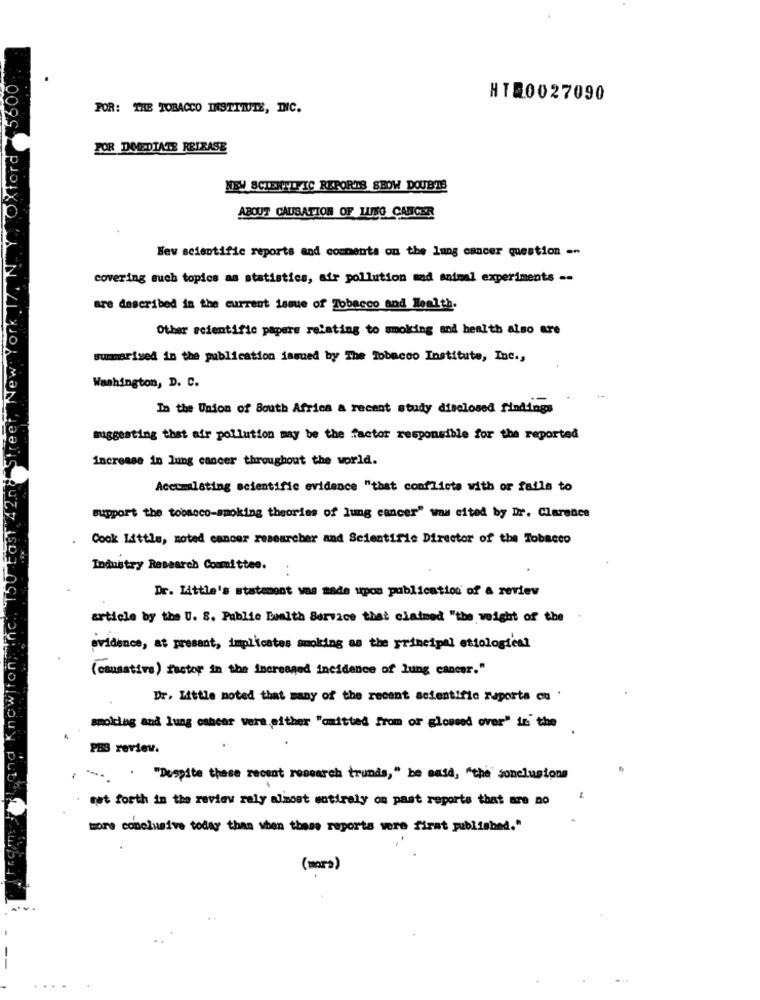
5600
HT20027090
POR: THE TOBACCO INSTITUTE, DIC.
Oxford
FOR IMMEDIATE RELEASE
NEW SCIENTIFIC REPORTS SHOW DOUBTS
ABOUT CAUSATION OF LUNG CANCER
New scientific reports and comments on the lung cancer question =-
covering such topics as statistics, air pollution and animal experiments --
are described in the current issue of Tobacco and Health.
Other scientific papers relating to smoking and health also are
summarized in the publication issued by The Tobacco Institute, Inc .,
Washington, D. C.
In the Union of South Africa a recent study disclosed findings
suggesting that air pollution may be the factor responsible for the reported
increase in lung cancer throughout the world.
Accumulating scientific evidence "that conflicts with or fails to
support the tobacco-smoking theories of lung cancer" was cited by Dr. Clarence
Cook Little, noted cancer researcher and Scientific Director of the Tobacco
Industry Research Committee.
Dr. Little's statement was made upon publication of a review
article by the U. S. Public health Service that claimed "the weight of the
evidence, at present, implicates smoking as the principal etiological
(causative) factor in the increased incidence of lung cancer."
Dr. Little noted that many of the recent scientific reports on '
smoklag and lung cancer vere,either "amitted from or gloused over" is the
PBS review.
. . . "Despite these recent research trunds, " be said, "the conclusions
not forth in the review rely almost entirely on past reports that are no
more conclusive today than when these reports were first published."
(Hora)